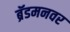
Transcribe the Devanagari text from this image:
ब्रॅडमनवर